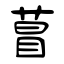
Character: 萺